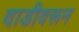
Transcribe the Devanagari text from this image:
वाडीवरून